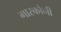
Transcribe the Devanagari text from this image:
गास्कोनी